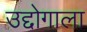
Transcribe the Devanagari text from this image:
उद्दोगाला